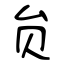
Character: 贠